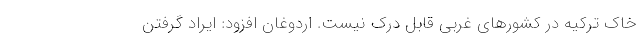
خاک ترکیه در کشورهای غربی قابل درک نیست. اردوغان افزود: ایراد گرفتن